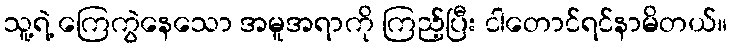
သူ့ရဲ့ ကြေကွဲနေသော အမူအရာကို ကြည့်ပြီး ငါတောင်ရင်နာမိတယ်။